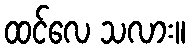
ထင်လေ သလား။